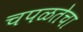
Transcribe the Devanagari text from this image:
चपळतेचा